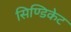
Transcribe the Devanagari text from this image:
सिण्डिकेट